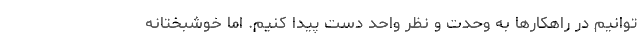
توانیم در راهکارها به وحدت و نظر واحد دست پیدا کنیم. اما خوشبختانه